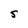
Character: S